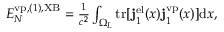
\begin{array} { r } { { \cal E } _ { N } ^ { \ensuremath { \mathrm { v p } } , ( 1 ) , \mathrm { X B } } = \frac { 1 } { c ^ { 2 } } \int _ { \Omega _ { L } } \ensuremath { \mathrm { t r } } [ \ensuremath { \mathbf { j } } _ { 1 } ^ { \ensuremath { \mathrm { e l } } } ( x ) \ensuremath { \mathbf { j } } _ { 1 } ^ { \ensuremath { \mathrm { v p } } } ( x ) ] \ensuremath { \mathrm { d } } x , } \end{array}